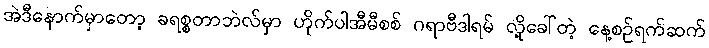
အဲဒီနောက်မှာတော့ ခရစ္စတာဘဲလ်မှာ ဟိုက်ပါအီမီစစ် ဂရာဗီဒါရမ် လို့ခေါ်တဲ့ နေ့စဉ်ရက်ဆက်